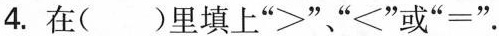
4.在()里填上” > ”” < ”或” = ”.